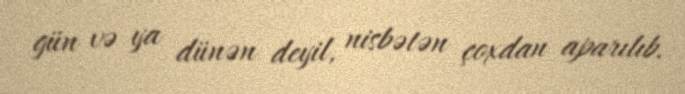
gün və ya dünən deyil, nisbətən çoxdan aparılıb.